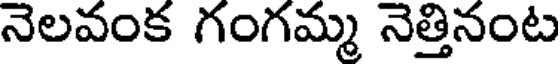
నెలవంక గంగమ్మ నెత్తినంట